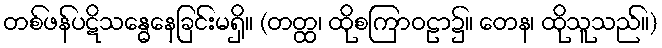
တစ်ဖန်ပဋိသန္ဓေနေခြင်းမရှိ။ (တတ္ထ၊ ထိုစကြာဝဠာ၌။ တေန၊ ထိုသူသည်။)